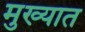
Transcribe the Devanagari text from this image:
मुख्यात